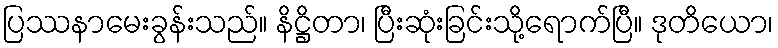
ပြဿနာမေးခွန်းသည်။ နိဋ္ဌိတာ၊ ပြီးဆုံးခြင်းသို့ရောက်ပြီ။ ဒုတိယော၊